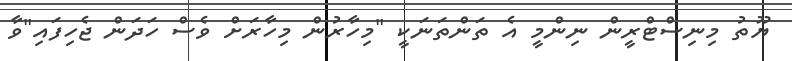
ޔޫތު މިނިސްޓްރީން ނިންމީ އެ ތަންތަނަކީ "މިހާރުން މިހާރަށް ވެސް ހަދަން ޖެހިފައި"ވާ